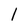
Character: l